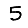
Digit: 5